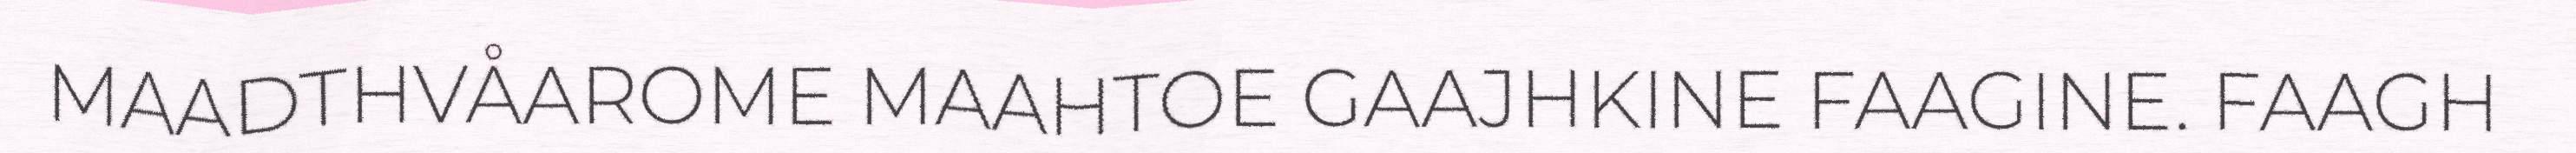
MAADTHVÅAROME MAAHTOE GAAJHKINE FAAGINE. FAAGH